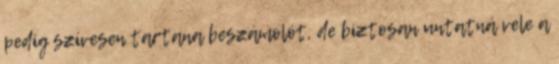
pedig szívesen tartana beszámolót, de biztosan untatná vele a